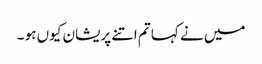
میں نے کہا تم اتنے پریشان کیوں ہو ۔